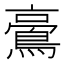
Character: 𪁚